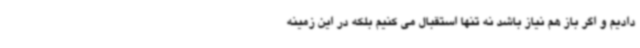
دادیم و اگر باز هم نیاز باشد نه تنها استقبال می کنیم بلکه در این زمینه